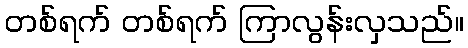
တစ်ရက် တစ်ရက် ကြာလွန်းလှသည်။